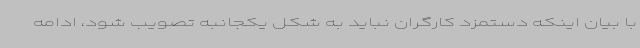
با بیان اینکه دستمزد کارگران نباید به شکل یکجانبه تصویب شود، ادامه